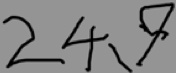
2 4 、 9